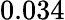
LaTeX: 0.034